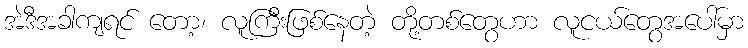
အဲဒီအခါကျရင် တော့၊ လူကြီးဖြစ်နေတဲ့ တို့တစ်တွေဟာ လူငယ်တွေအပေါ်မှာ